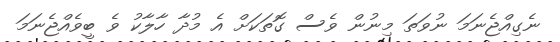
ނެގިއްޖެނަމަ ނުވަތަ މިނުން ވެސް ގޮތަކަށް އެ މުދާ ހާލާކު ވެ ބީވެއްޖެނަމަ